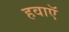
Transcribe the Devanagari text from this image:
हवाऍ